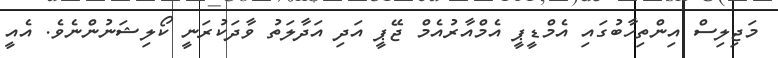
މަޖިލިސް އިންތިހާބުގައި އެމްޑީޕީ އެމްއާރުއެމް ޖޭޕީ އަދި އަދާލަތު ވާދަކުރަނީ ކޯލިޝަނުންނެވެ. އެއީ